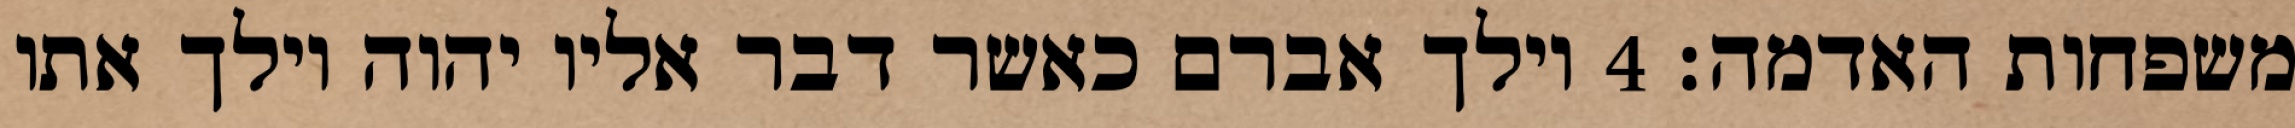
משפחות האדמה׃ ‎4‏ וילך אברם כאשר דבר אליו יהוה וילך אתו